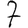
Digit: 7